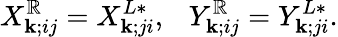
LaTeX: X_{\mathbf{k};ij}^{\mathbb{R}}=X_{\mathbf{k};ji}^{L*},\ \ \ Y_{\mathbf{k};ij}^{\mathbb{R}}=Y_{\mathbf{k};ji}^{L*}.